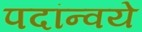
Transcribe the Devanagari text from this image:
पदांन्वये